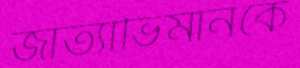
জাত্যাভিমানকে